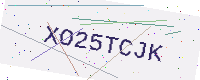
Text: XO25TCJK